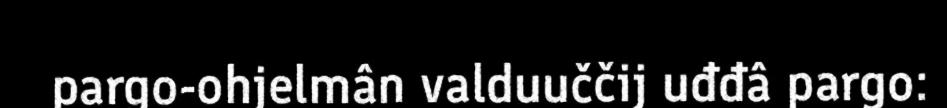
pargo-ohjelmân valduuččij uđđâ pargo: